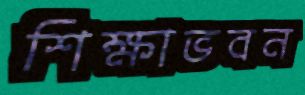
শিক্ষাভবন